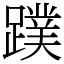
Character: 蹼